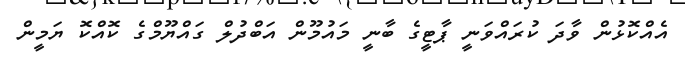
އެއްކޮޅުން ވާދަ ކުރައްވަނީ ޕާޓީގެ ބާނީ މައުމޫން އަބްދުލް ގައްޔޫމްގެ ކޮއްކޮ ޔަމީން